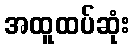
အထူထပ်ဆုံး